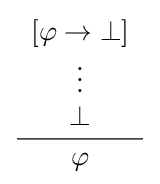
{\frac {\begin{array}{c}[\varphi \to \bot ]\\\vdots \\\bot \end{array}}{\varphi }}